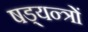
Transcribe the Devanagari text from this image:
षड्‍यन्त्रों